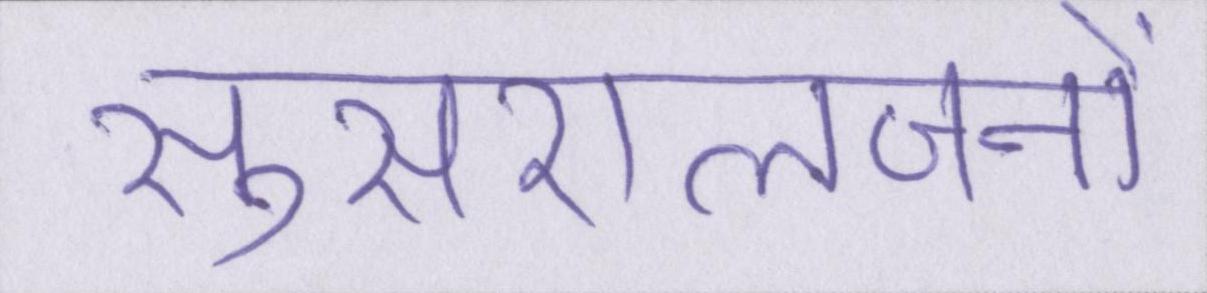
सुसरालजनों